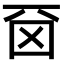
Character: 𠀮